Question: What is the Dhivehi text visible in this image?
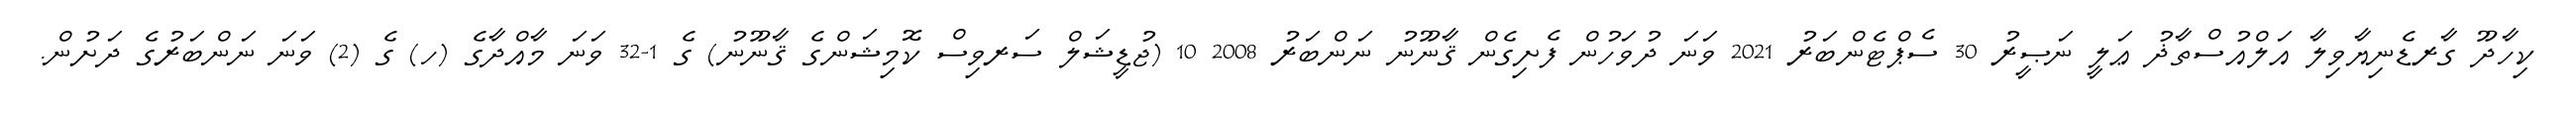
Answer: ކިހާދޫ ގާރޑެނިޔާވިލާ އަލްއުސްތާޛު ޢަލީ ނަޞީރު 30 ސެޕްޓެންބަރު 2021 ވަނަ ދުވަހުން ފެށިގެން ޤާނޫނު ނަންބަރު 2008 10 (ޖުޑީޝަލް ސަރވިސް ކޮމިޝަންގެ ޤާނޫނު) ގެ 1-32 ވަނަ މާއްދާގެ (ހ) ގެ (2) ވަނަ ނަންބަރުގެ ދަށުން.